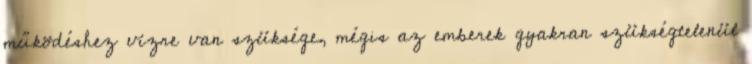
működéshez vízre van szüksége, mégis az emberek gyakran szükségtelenül